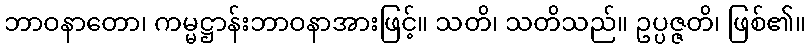
ဘာဝနာတော၊ ကမ္မဋ္ဌာန်းဘာဝနာအားဖြင့်။ သတိ၊ သတိသည်။ ဥပ္ပဇ္ဇတိ၊ ဖြစ်၏။